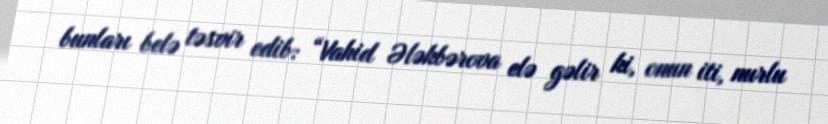
bunları belə təsvir edib: “Vahid Ələkbərova elə gəlir ki, onun iti, nurlu